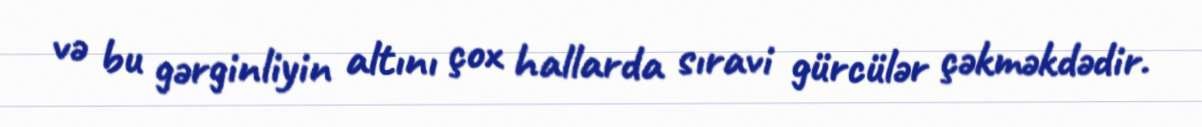
və bu gərginliyin altını çox hallarda sıravi gürcülər çəkməkdədir.